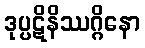
ဒုပ္ပဋိနိဿဂ္ဂိနော